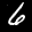
Label: 6